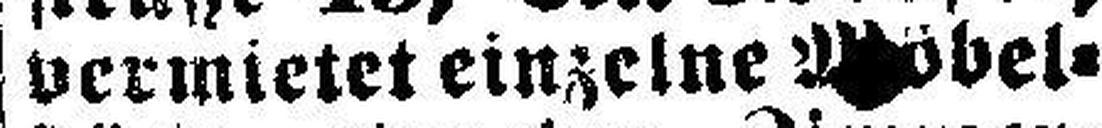
vermietet einzelne Möbel¬